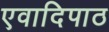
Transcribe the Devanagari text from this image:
एवादिपाठ